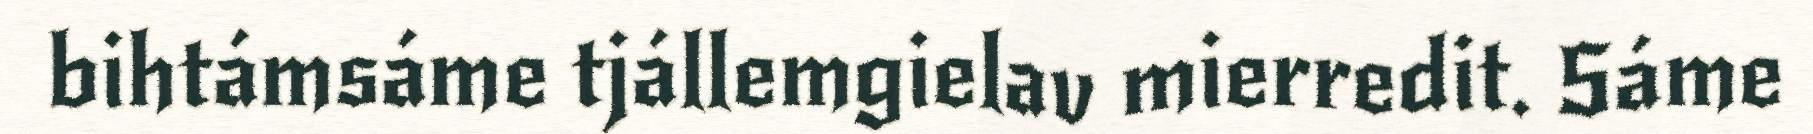
bihtámsáme tjállemgielav mierredit. Sáme